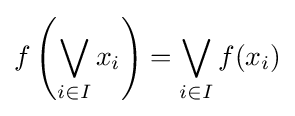
f\left(\bigvee _{i\in I}{x_{i}}\right)=\bigvee _{i\in I}f(x_{i})